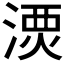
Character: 𣺗